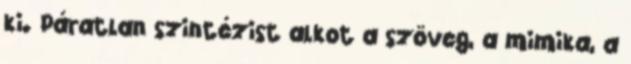
ki. Páratlan szintézist alkot a szöveg, a mimika, a